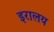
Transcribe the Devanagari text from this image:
इरालय